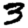
Digit: 3